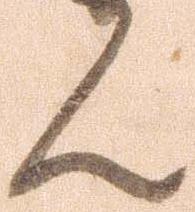
ん